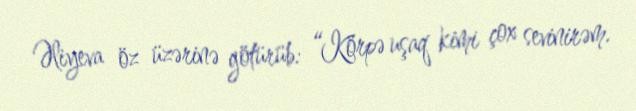
Əliyeva öz üzərinə götürüb: “Körpə uşaq kimi çox sevinirəm.